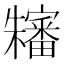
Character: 𱤴